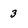
Character: 3